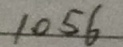
1 0 5 6